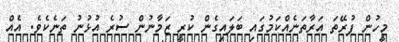
މީހުން ފުރޭތަ އަރާތަނެއްކަމުގައި ބަލައިގެން ކުރީ ޒަމާނުން ސުރެ އުޅުނު ތަނެކެވެ. އެއް